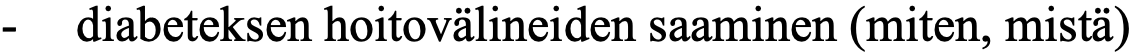
-  diabeteksen hoitovälineiden saaminen (miten, mistä)